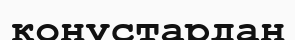
конустардан